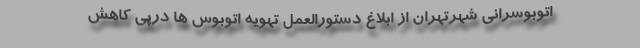
اتوبوسرانی شهرتهران از ابلاغ دستورالعمل تهویه اتوبوس ها درپی کاهش